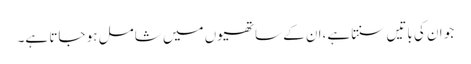
جو ان کی باتیں سنتا ہے،ان کے ساتھیوں میں شامل ہو جاتا ہے۔